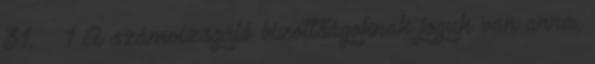
31. § 1 A számvizsgáló bizottságoknak joguk van arra,